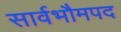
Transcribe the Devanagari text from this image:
सार्वभौमपद